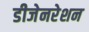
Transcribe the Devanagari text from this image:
डीजेनरेशन